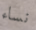
نساء